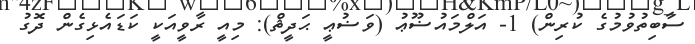
ސާބިތުވުމުގެ ކުރިން) 1- އަލްމައުޟޫޢު (ވަޟުޢީ ޙަދީޘް): މިއީ ރާވީއަކީ ކަޑައެޅިގެން ދޮގު